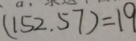
( 1 5 2 . 5 7 ) = 1 9